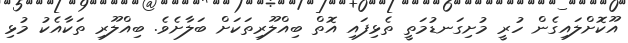
އޫކޮށްލައިގެން ހުރީ މުށިގަނޑުމަތީ ތެޅިފައި އޮތް ބިއްލޫރިތަކަށް ބަލާށެވެ. ބިއްލޫރި ތަކާއެކު މުޅި